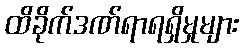
ထိခိုက်ဒဏ်ရာရရှိမှုများ